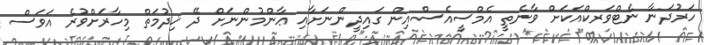
ހަރުދަނާ ނެޓްވަރކްއަކަށް ވާނެތީ އެމްސީއެސްއިން ގައިދީންނަށާއި ޢާންމުންނަށް ދޭ ޚިދުމަތް މިހާރަށްވުރެ އަވަސް